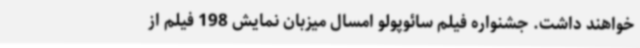
خواهند داشت. جشنواره فیلم سائوپولو امسال میزبان نمایش 198 فیلم از